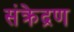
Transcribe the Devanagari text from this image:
संक्रेद्रण